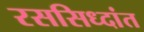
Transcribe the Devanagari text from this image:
रससिध्दांत